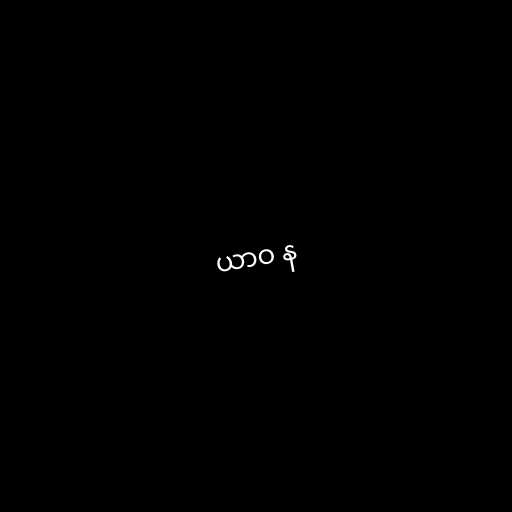
ယာဝ န